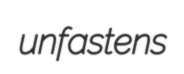
unfastens